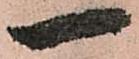
一